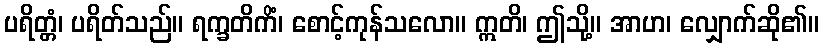
ပရိတ္တံ၊ ပရိတ်သည်။ ရက္ခတိကိံ၊ စောင့်ကုန်သလော။ ဣတိ၊ ဤသို့။ အာဟ၊ လျှောက်ဆို၏။